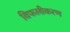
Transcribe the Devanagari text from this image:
विफलीकरण